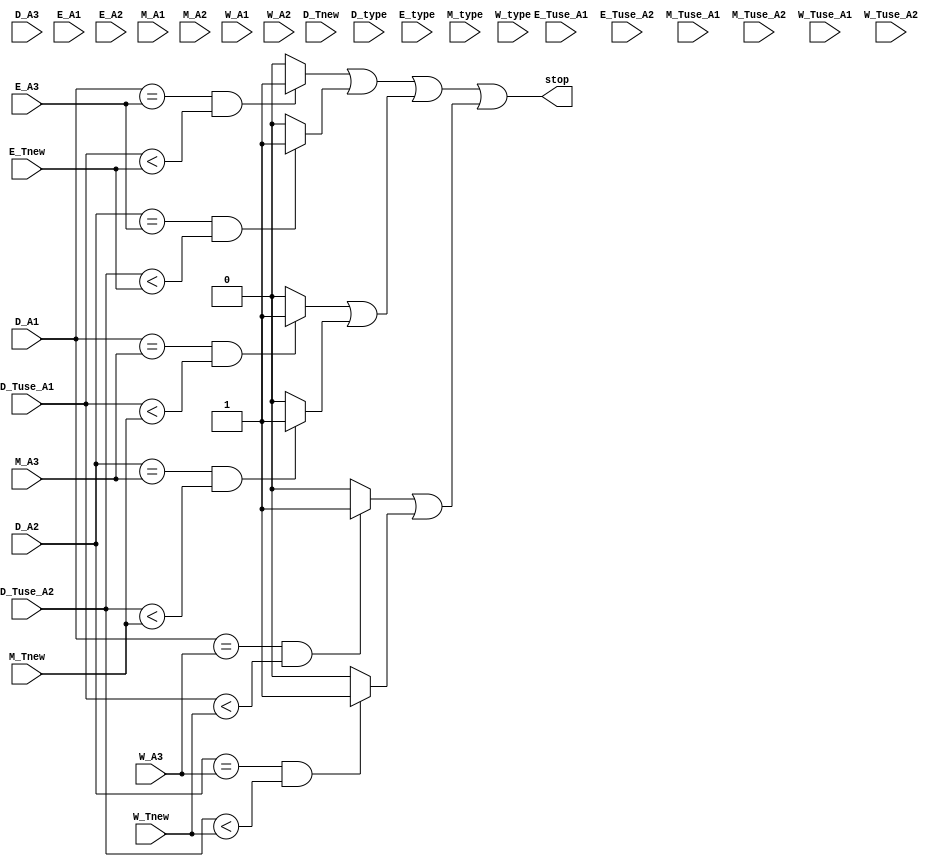
module S_ctrl(
    input [31:0] D_Tnew,
    input [31:0] D_Tuse_A1,
    input [31:0] D_Tuse_A2,
    input [31:0] D_A1,
    input [31:0] D_A2,
    input [31:0] D_A3,
    input [31:0] D_type,

    input [31:0] E_Tnew,
    input [31:0] E_Tuse_A1,
    input [31:0] E_Tuse_A2,
    input [31:0] E_A1,
    input [31:0] E_A2,
    input [31:0] E_A3,
    input [31:0] E_type,

    input [31:0] M_Tnew,
    input [31:0] M_Tuse_A1,
    input [31:0] M_Tuse_A2,
    input [31:0] M_A1,
    input [31:0] M_A2,
    input [31:0] M_A3,
    input [31:0] M_type,

    input [31:0] W_Tnew,
    input [31:0] W_Tuse_A1,
    input [31:0] W_Tuse_A2,
    input [31:0] W_A1,
    input [31:0] W_A2,
    input [31:0] W_A3,
    input [31:0] W_type,

    output stop
);

wire ES, ES1, ES2, 
     MS, MS1, MS2,
     WS, WS1, WS2;

assign ES1 = (D_A1==E_A3 && D_Tuse_A1<E_Tnew)? 1:0;
assign ES2 = (D_A2==E_A3 && D_Tuse_A2<E_Tnew)? 1:0;

assign MS1 = (D_A1==M_A3 && D_Tuse_A1<M_Tnew)? 1:0;
assign MS2 = (D_A2==M_A3 && D_Tuse_A2<M_Tnew)? 1:0;

assign WS1 = (D_A1==W_A3 && D_Tuse_A1<W_Tnew)? 1:0;
assign WS2 = (D_A2==W_A3 && D_Tuse_A2<W_Tnew)? 1:0;

assign ES = ES1 | ES2;
assign MS = MS1 | MS2;
assign WS = WS1 | WS2;

assign stop = (ES | MS | WS);

endmodule